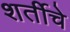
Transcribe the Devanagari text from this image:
शर्तीचे